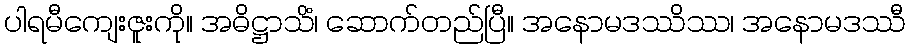
ပါရမီကျေးဇူးကို။ အဓိဋ္ဌာသိံ၊ ဆောက်တည်ပြီ။ အနောမဒဿိဿ၊ အနောမဒဿီ